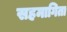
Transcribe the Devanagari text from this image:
सहमागिता